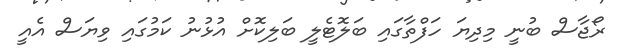
ރޯޖާސް ބުނީ މިދިޔަ ހަފްތާގައި ބަލޮޓެލީ ބަލިކޮށް އުޅުނު ކަމުގައި ވިޔަސް އެއީ